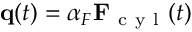
\mathbf { q } ( t ) = \alpha _ { F } \mathbf { F } _ { \mathrm { ~ c ~ y ~ l ~ } } ( t )